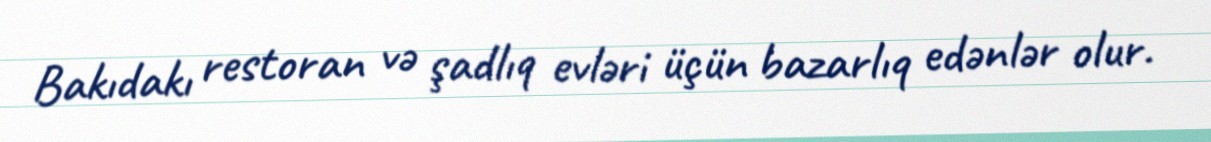
Bakıdakı restoran və şadlıq evləri üçün bazarlıq edənlər olur.